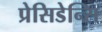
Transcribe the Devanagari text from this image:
प्रेसिडेन्सि